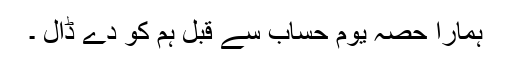
ہمارا حصہ یومِ حساب سے قبل ہم کو دے ڈال ۔